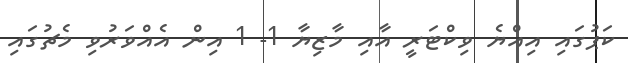
ކަޕުގައި އިއްޔެ ވިކްޓަރީ އާއި މާޒިޔާ 1- 1 އިން އެއްވަރުވި މެޗުގައި